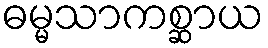
ဓမ္မသာကစ္ဆာယ